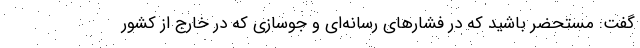
گفت: مستحضر باشید که در فشارهای رسانه‌‌ای و جوسازی که در خارج از کشور